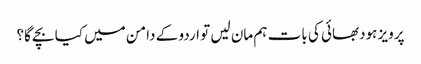
پرویز ہودبھائی کی بات ہم مان لیں تو اردو کے دامن میں کیا بچے گا؟